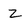
Character: z